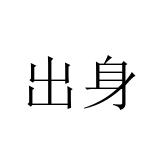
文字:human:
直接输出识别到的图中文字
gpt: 出身